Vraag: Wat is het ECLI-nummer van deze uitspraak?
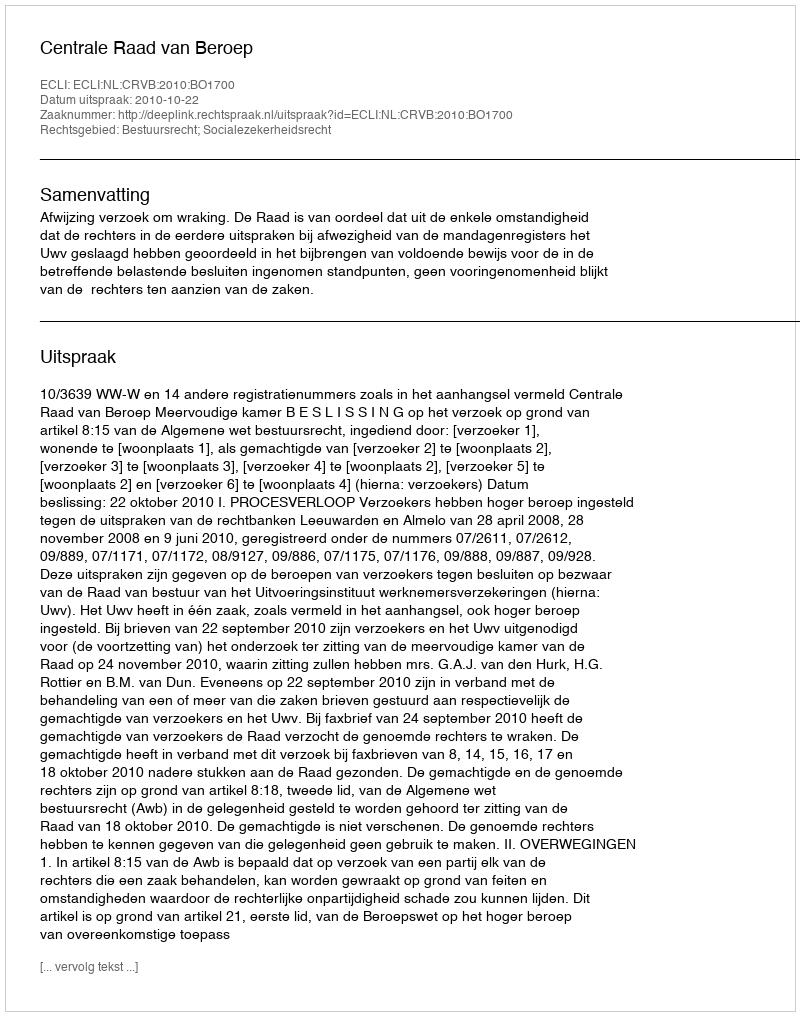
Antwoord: ECLI:NL:CRVB:2010:BO1700